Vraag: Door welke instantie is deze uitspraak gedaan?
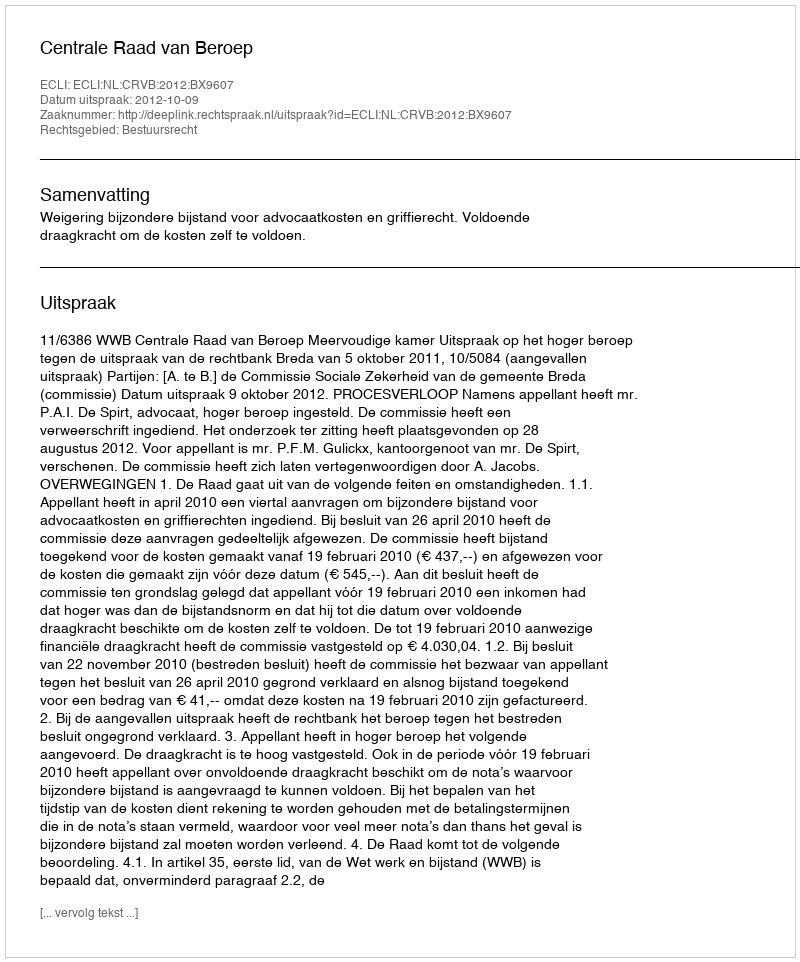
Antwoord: Centrale Raad van Beroep